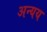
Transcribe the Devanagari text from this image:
अन्यय